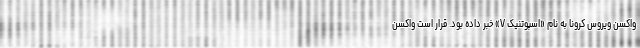
واکسن ویروس کرونا به نام «اسپوتنیک V» خبر داده بود. قرار است واکسن